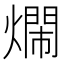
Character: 𤐛